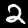
Digit: 2